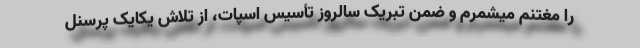
را مغتنم میشمرم و ضمن تبریک سالروز تأسیس اسپات، از تلاش یکایک پرسنل